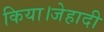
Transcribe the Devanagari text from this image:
किया।जेहादी